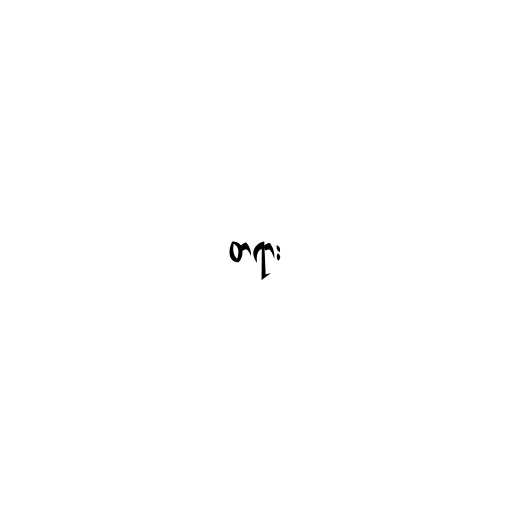
တရား